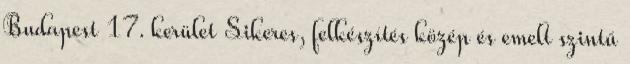
Budapest 17. kerület Sikeres, felkészítés közép és emelt szintű